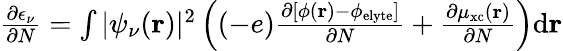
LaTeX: \begin{array}{r}{\frac{\partial\epsilon_{\nu}}{\partial N}=\int|\psi_{\nu}(\mathbf{r})|^{2}\left((-e)\frac{\partial\left[\phi(\mathbf{r})-\phi_{\mathrm{elyte}}\right]}{\partial N}+\frac{\partial\mu_{\mathrm{xc}}(\mathbf{r})}{\partial N}\right)\mathrm{d}\mathbf{r}}\end{array}